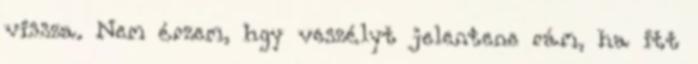
vissza. Nem érzem, hgy veszélyt jelentene rám, ha itt